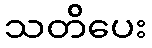
သတိပေး